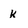
Character: k